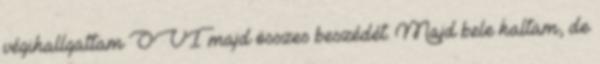
végihallgattam OVI majd összes beszédét. Majd bele haltam, de